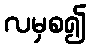
လမှစ၍